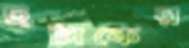
ছটাকের